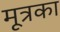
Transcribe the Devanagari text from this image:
मूत्रका